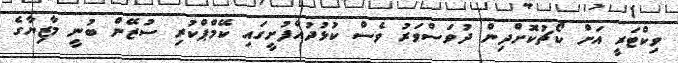
ވިކްޓަރީ އަށް ކޯޗުކޮށްދިން ދުވަސްވަރު ވެސް ކުޅުދުއްފުށީގައި ކޭމްޕްކުރި ސުޒޭން ބުނީ މާޒިޔާގެ